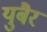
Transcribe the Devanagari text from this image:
युबैर